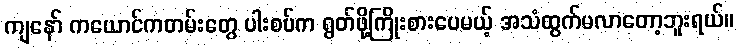
ကျနော် ကယောင်ကတမ်းတွေ ပါးစပ်က ရွတ်ဖို့ကြိုးစားပေမယ့် အသံထွက်မလာတော့ဘူးရယ်။